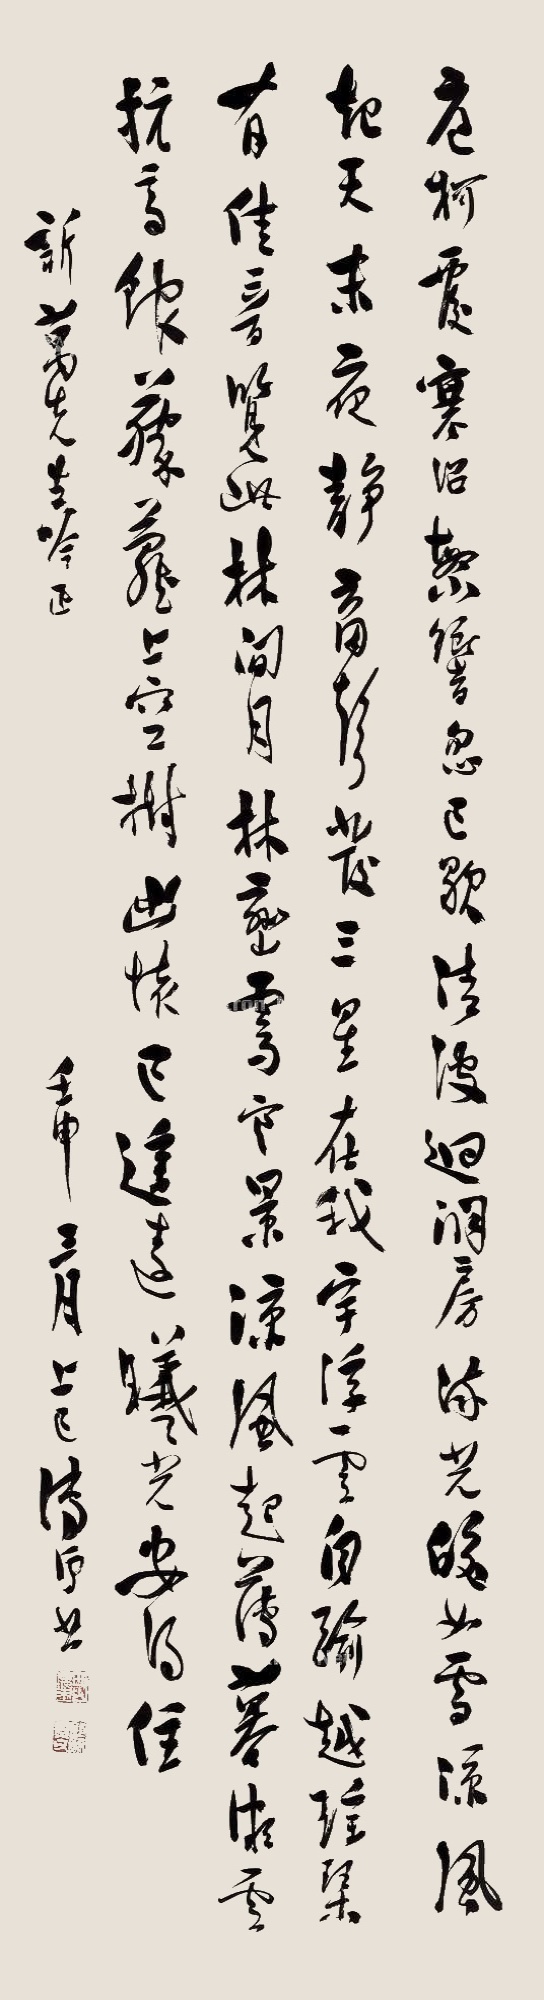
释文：庭柯覆寒沿，繁向忽已歇。清波回洞房，流光皎如雪。凉风起天末，夜静育声发。三星在我宇，浮云自瑜越。瑶琴有佳音，览此林间月。林峦霁寒景，凉风起落暮。微云抗高馆，藤萝上空树。幽怀已遥远，曦光安得住。新万先生吟正。壬申三月上巳，溥儒书。